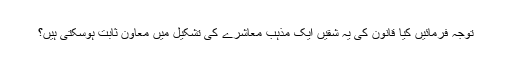
توجہ فرمائیں کیا قانون کی یہ شقیں ایک مذہب معاشرے کی تشکیل میں معاون ثابت ہوسکتی ہیں؟